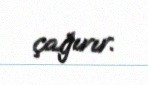
çağırır.